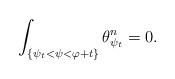
LaTeX: \begin{align*} \int_{\{\psi_t<\psi < \varphi +t\}} \theta_{ \psi_t}^n=0. \end{align*}